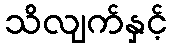
သိလျက်နှင့်